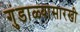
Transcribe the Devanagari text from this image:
गुंडाळ्यासारखी